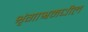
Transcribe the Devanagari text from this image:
शृंगाश्वमधील